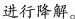
进行降解。